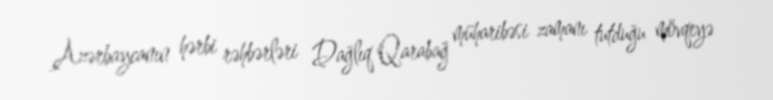
Azərbaycanın hərbi rəhbərləri Dağlıq Qarabağ müharibəsi zamanı tutduğu mövqeyə